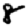
Digit: 8